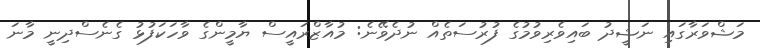
މަޝްވަރާގައި ނަޝީދު ބައިވެރިވުމުގެ ފުރުސަތެއް ނުދެވޭނެ: މުއާޒްރައީސް ޔާމީންގެ ވާހަކަފުޅު ގެނެސްދިނީ މާނަ